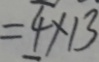
= 4 \times 1 3